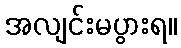
အလျင်းမပွားရ။